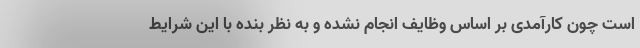
است چون کارآمدی بر اساس وظایف انجام نشده و به نظر بنده با این شرایط